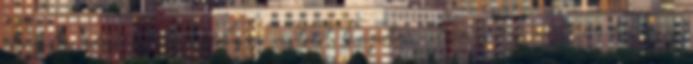
dupla vezérműtengelyes motort kapta volna meg, a Z06-ba egy